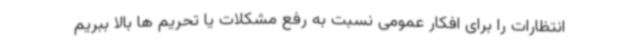
انتظارات را برای افکار عمومی نسبت به رفع مشکلات یا تحریم ها بالا ببریم